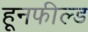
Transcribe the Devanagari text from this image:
हूनफील्ड